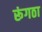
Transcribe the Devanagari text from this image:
रूंगठा